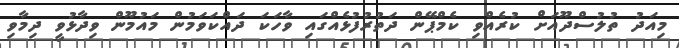
މިއަދު ތުލުސްދޫއަށް ކުރެއްވި ކެމްޕޭން ދަތުރުފުޅެއްގައި ވާހަކަ ދައްކަވަމުން މައުމޫން ވިދާޅުވީ ދިމާވި